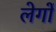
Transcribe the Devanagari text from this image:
लेगों